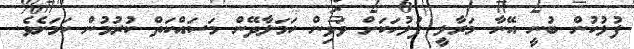
ފުލުހުން ބުނީ އޭނާ މަރާލީ ފުލުހަކަށް ވަޅިން ހަމަލާދޭން މަސައްކަތް ކުރުމުން ކަމަށެވެ.